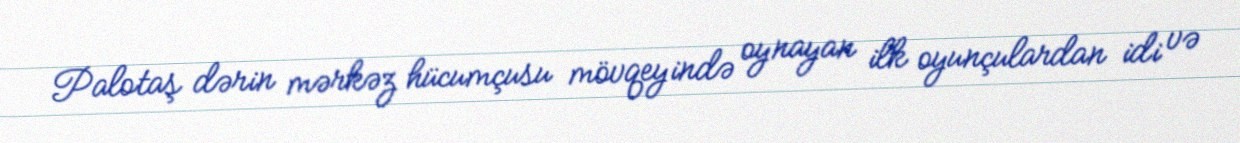
Palotaş dərin mərkəz hücumçusu mövqeyində oynayan ilk oyunçulardan idi və